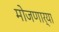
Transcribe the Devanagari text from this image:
मोजणार्‍या